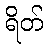
ရိတ်